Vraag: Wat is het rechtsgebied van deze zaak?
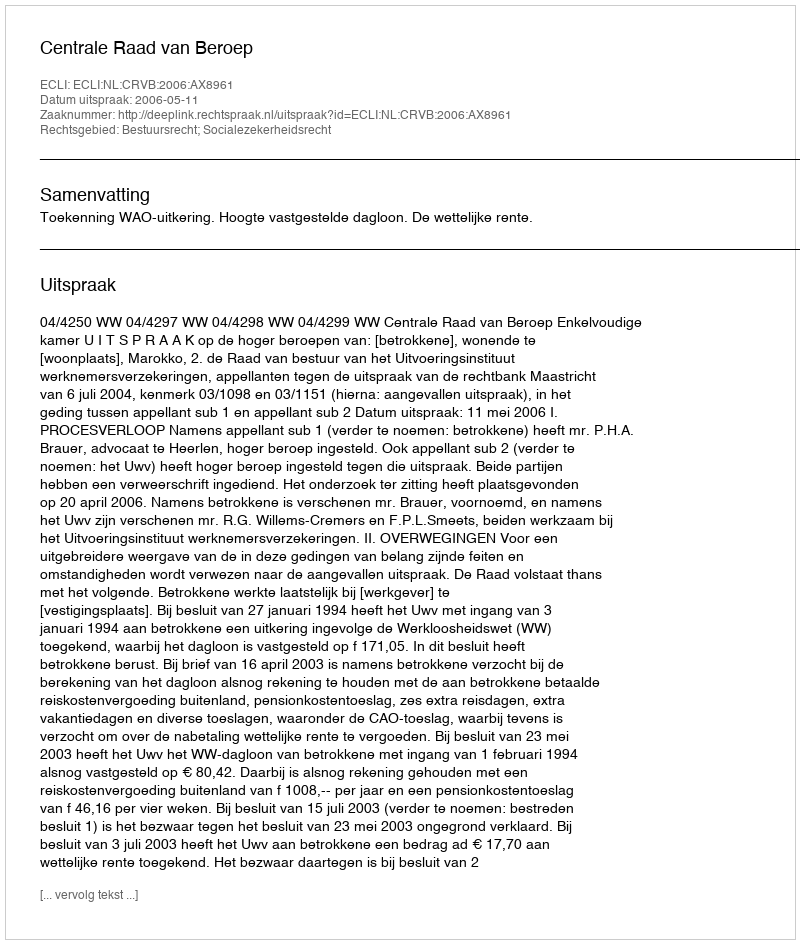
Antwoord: Bestuursrecht; Socialezekerheidsrecht